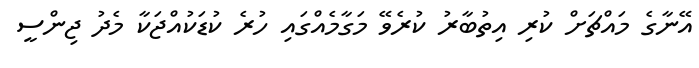
އޭނާގެ މައްޗަށް ކުރި އިތުބާރު ކުރެވޭ މަގާމެއްގައި ހުރެ ކުޑަކުއްޖަކާ މެދު ޖިންސީ